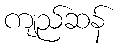
ကျည်ဆန်